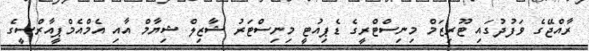
ރާއްޖޭގެ ވަފުދުގައި ޓޫރިޒަމް މިނިސްޓްރީގެ ޑެޕިއުޓީ މިނިސްޓަރު ޝާޒިލް ޝިޔާމް އާއި އެމްއެމްޕީއާރްސީގެ